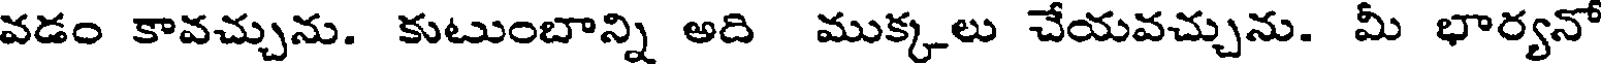
వడం కావచ్చును. కుటుంబాన్ని అది ముక్కలు చేయవచ్చును. మీ భార్యనో